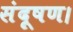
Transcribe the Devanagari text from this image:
संदूषण।